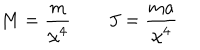
LaTeX: M = \frac { m } { \chi ^ { 4 } } \qquad J = \frac { m a } { \chi ^ { 4 } }